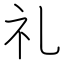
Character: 礼